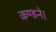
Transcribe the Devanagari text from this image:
कण्डने।